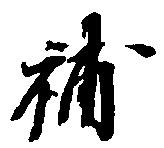
補